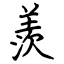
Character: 羨